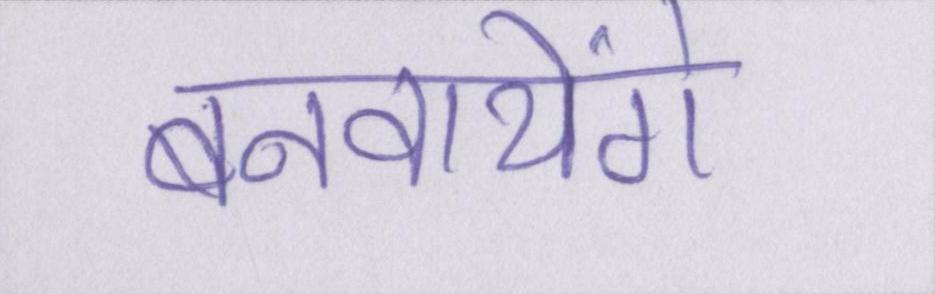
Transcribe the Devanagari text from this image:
बनवायेंगे